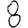
Digit: 8